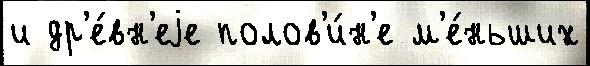
и др'е́вн'еjе полов'и́н'е м'е́ньших